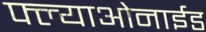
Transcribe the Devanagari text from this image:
फ्ल्याओनाईड